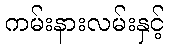
ကမ်းနားလမ်းနှင့်